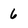
Character: 6